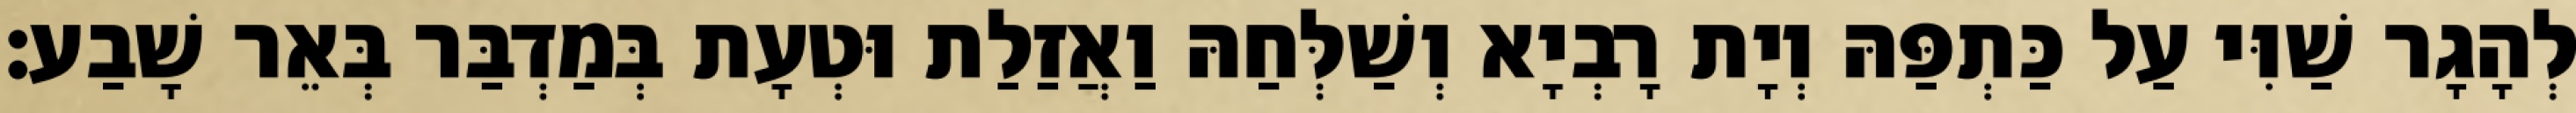
לְהָגָר שַׁוִּי עַל כַּתְפַּהּ וְיָת רָבְיָא וְשַׁלְּחַהּ וַאֲזַלַת וּטְעָת בְּמַדְבַּר בְּאֵר שָׁבַע׃